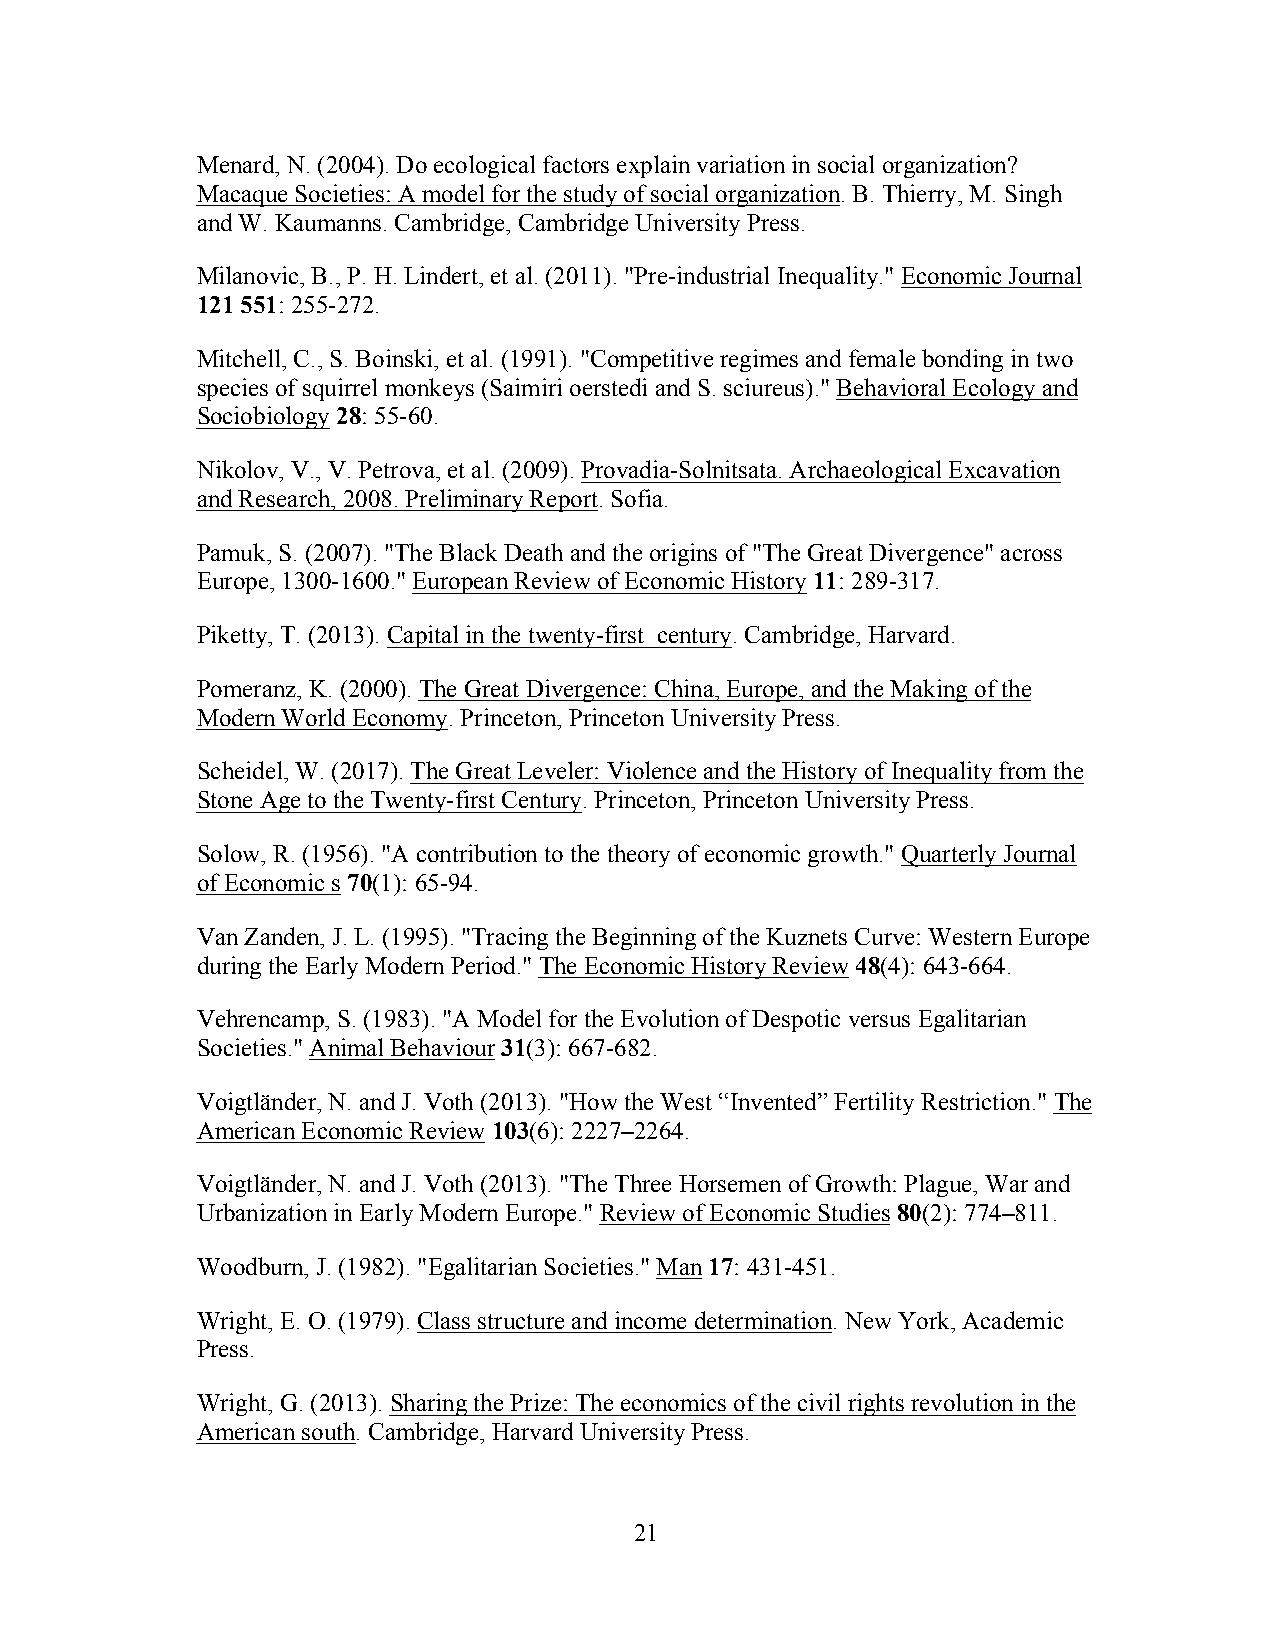
Menard, N. (2004). Do ecological factors explain variation in social organization?
 Macaque Societies: A model for the study of social organization. B. Thierry, M. Singh
 and W. Kaumanns. Cambridge, Cambridge University Press.
 Milanovic, B., P. H. Lindert, et al. (2011). "Pre-industrial Inequality." Economic Journal
 121 551: 255-272.
 Mitchell, C., S. Boinski, et al. (1991). "Competitive regimes and female bonding in two
 species of squirrel monkeys (Saimiri oerstedi and S. sciureus)." Behavioral Ecology and
 Sociobiology 28: 55-60.
 Nikolov, V., V. Petrova, et al. (2009). Provadia-Solnitsata. Archaeological Excavation
 and Research, 2008. Preliminary Report. Sofia.
 Pamuk, S. (2007). "The Black Death and the origins of "The Great Divergence" across
 Europe, 1300-1600." European Review of Economic History 11: 289-317.
 Piketty, T. (2013). Capital in the twenty-first century. Cambridge, Harvard.
 Pomeranz, K. (2000). The Great Divergence: China, Europe, and the Making of the
 Modern World Economy. Princeton, Princeton University Press.
 Scheidel, W. (2017). The Great Leveler: Violence and the History of Inequality from the
 Stone Age to the Twenty-first Century. Princeton, Princeton University Press.
 Solow, R. (1956). "A contribution to the theory of economic growth." Quarterly Journal
 of Economic s 70(1): 65-94.
 Van Zanden, J. L. (1995). "Tracing the Beginning of the Kuznets Curve: Western Europe
 during the Early Modern Period." The Economic History Review 48(4): 643-664.
 Vehrencamp, S. (1983). "A Model for the Evolution of Despotic versus Egalitarian
 Societies." Animal Behaviour 31(3): 667-682.
 Voigtländer, N. and J. Voth (2013). "How the West “Invented” Fertility Restriction." The
 American Economic Review 103(6): 2227–2264.
 Voigtländer, N. and J. Voth (2013). "The Three Horsemen of Growth: Plague, War and
 Urbanization in Early Modern Europe." Review of Economic Studies 80(2): 774–811.
 Woodburn, J. (1982). "Egalitarian Societies." Man 17: 431-451.
 Wright, E. O. (1979). Class structure and income determination. New York, Academic
 Press.
 Wright, G. (2013). Sharing the Prize: The economics of the civil rights revolution in the
 American south. Cambridge, Harvard University Press.
 21